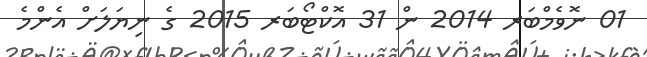
01 ނޮވެމްބަރ 2014 ން 31 އޮކްޓޯބަރ 2015 ގެ ނިޔަލަށް އެންމެ